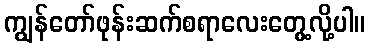
ကျွန်တော်ဖုန်းဆက်စရာလေးတွေ့လို့ပါ။